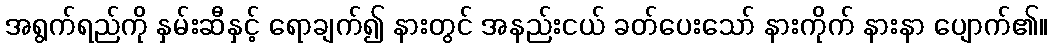
အရွက်ရည်ကို နှမ်းဆီနှင့် ရောချက်၍ နားတွင် အနည်းငယ် ခတ်ပေးသော် နားကိုက် နားနာ ပျောက်၏။